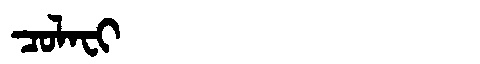
Manchu: ᠴᠣᠯᠠᠸᡳ
Romanization: COLAFI